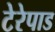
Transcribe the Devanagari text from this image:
टेरेपाड